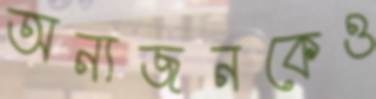
অন্যজনকেও